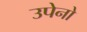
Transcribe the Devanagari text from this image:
उपेनो